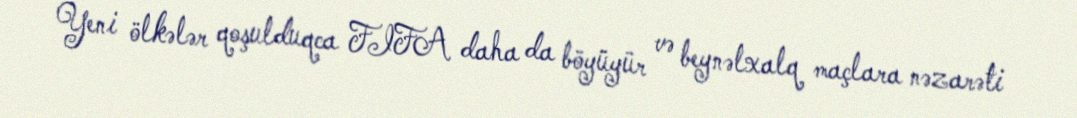
Yeni ölkələr qoşulduqca FIFA daha da böyüyür və beynəlxalq maçlara nəzarəti